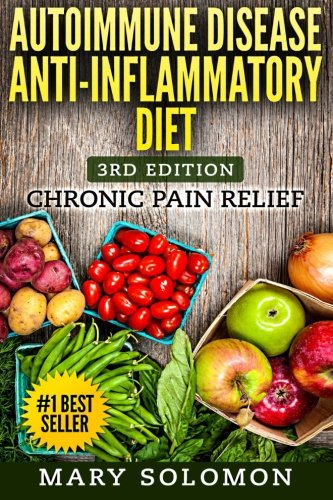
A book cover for Autoimmune Disease Anti-Inflammatory Diet: Simple Steps To Lifetime Relief; Mary Solomon; Health, Fitness & Dieting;